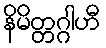
နိမိတ္တဂ္ဂါဟီ